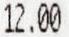
12.00